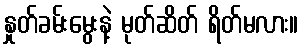
နှုတ်ခမ်းမွေးနဲ့ မုတ်ဆိတ် ရိတ်မလား။